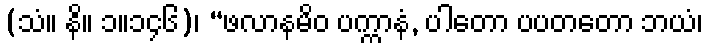
(သံ။ နိ။ ၁။၁၄၆)၊ “ဖလာနမိဝ ပက္ကာနံ, ပါတော ပပတတော ဘယံ၊